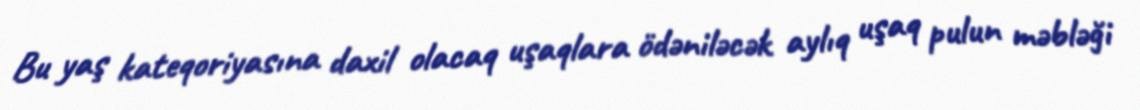
Bu yaş kateqoriyasına daxil olacaq uşaqlara ödəniləcək aylıq uşaq pulun məbləği